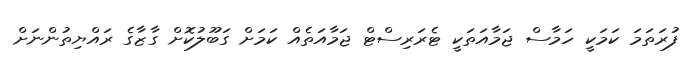
ފުރަތަމަ ކަމަކީ ހަމާސް ޖަމާއަތަކީ ޓެރަރިސްޓް ޖަމާއަަތެއް ކަމަށް ގަބޫލުކޮށް ގާޒާގެ ރައްޔިތުންނަށް